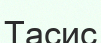
Тасис